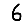
Digit: 6